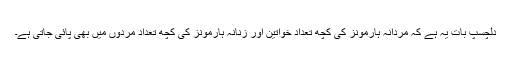
دلچسپ بات یہ ہے کہ مردانہ ہارمونز کی کچھ تعداد خواتین اور زنانہ ہارمونز کی کچھ تعداد مردوں میں بھی پائی جاتی ہے۔